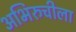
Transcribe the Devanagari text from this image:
अभिरुचीला